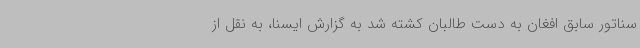
سناتور سابق افغان به دست طالبان کشته شد به گزارش ایسنا، به نقل از